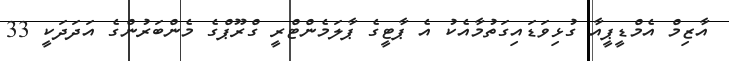
އާޒިމް އެމްޑީޕީއާ ގުޅިވަޑައިގަތުމާއެކު އެ ޕާޓީގެ ޕާލަމެންޓްރީ ގްރޫޕްގެ މެންބަރުންގެ އަދަދަކީ 33